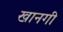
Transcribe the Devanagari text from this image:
खानगी